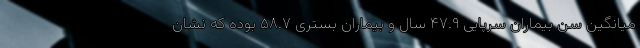
میانگین سن بیماران سرپایی ۴۷.۹ سال و بیماران بستری ۵۸.۷ بوده که نشان